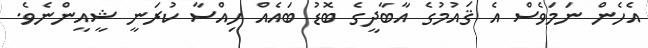
އެހެން ނަމަވެސް އެ ޤައުމުގެ އާބާދީގެ ބޮޑު ބައެއް ހިއްސާ ކުރަނީ ޝީއީންނެވެ.